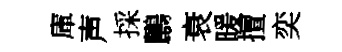
庫声採鸝衰暖擅奕